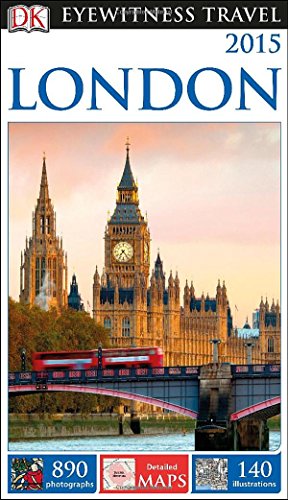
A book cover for DK Eyewitness Travel Guide: London; DK Publishing; Travel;